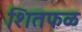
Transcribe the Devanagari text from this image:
शितफळ